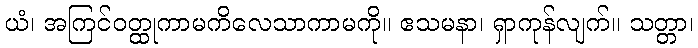
ယံ၊ အကြင်ဝတ္ထုကာမကိလေသာကာမကို။ ဧသမနာ၊ ရှာကုန်လျက်။ သတ္တာ၊